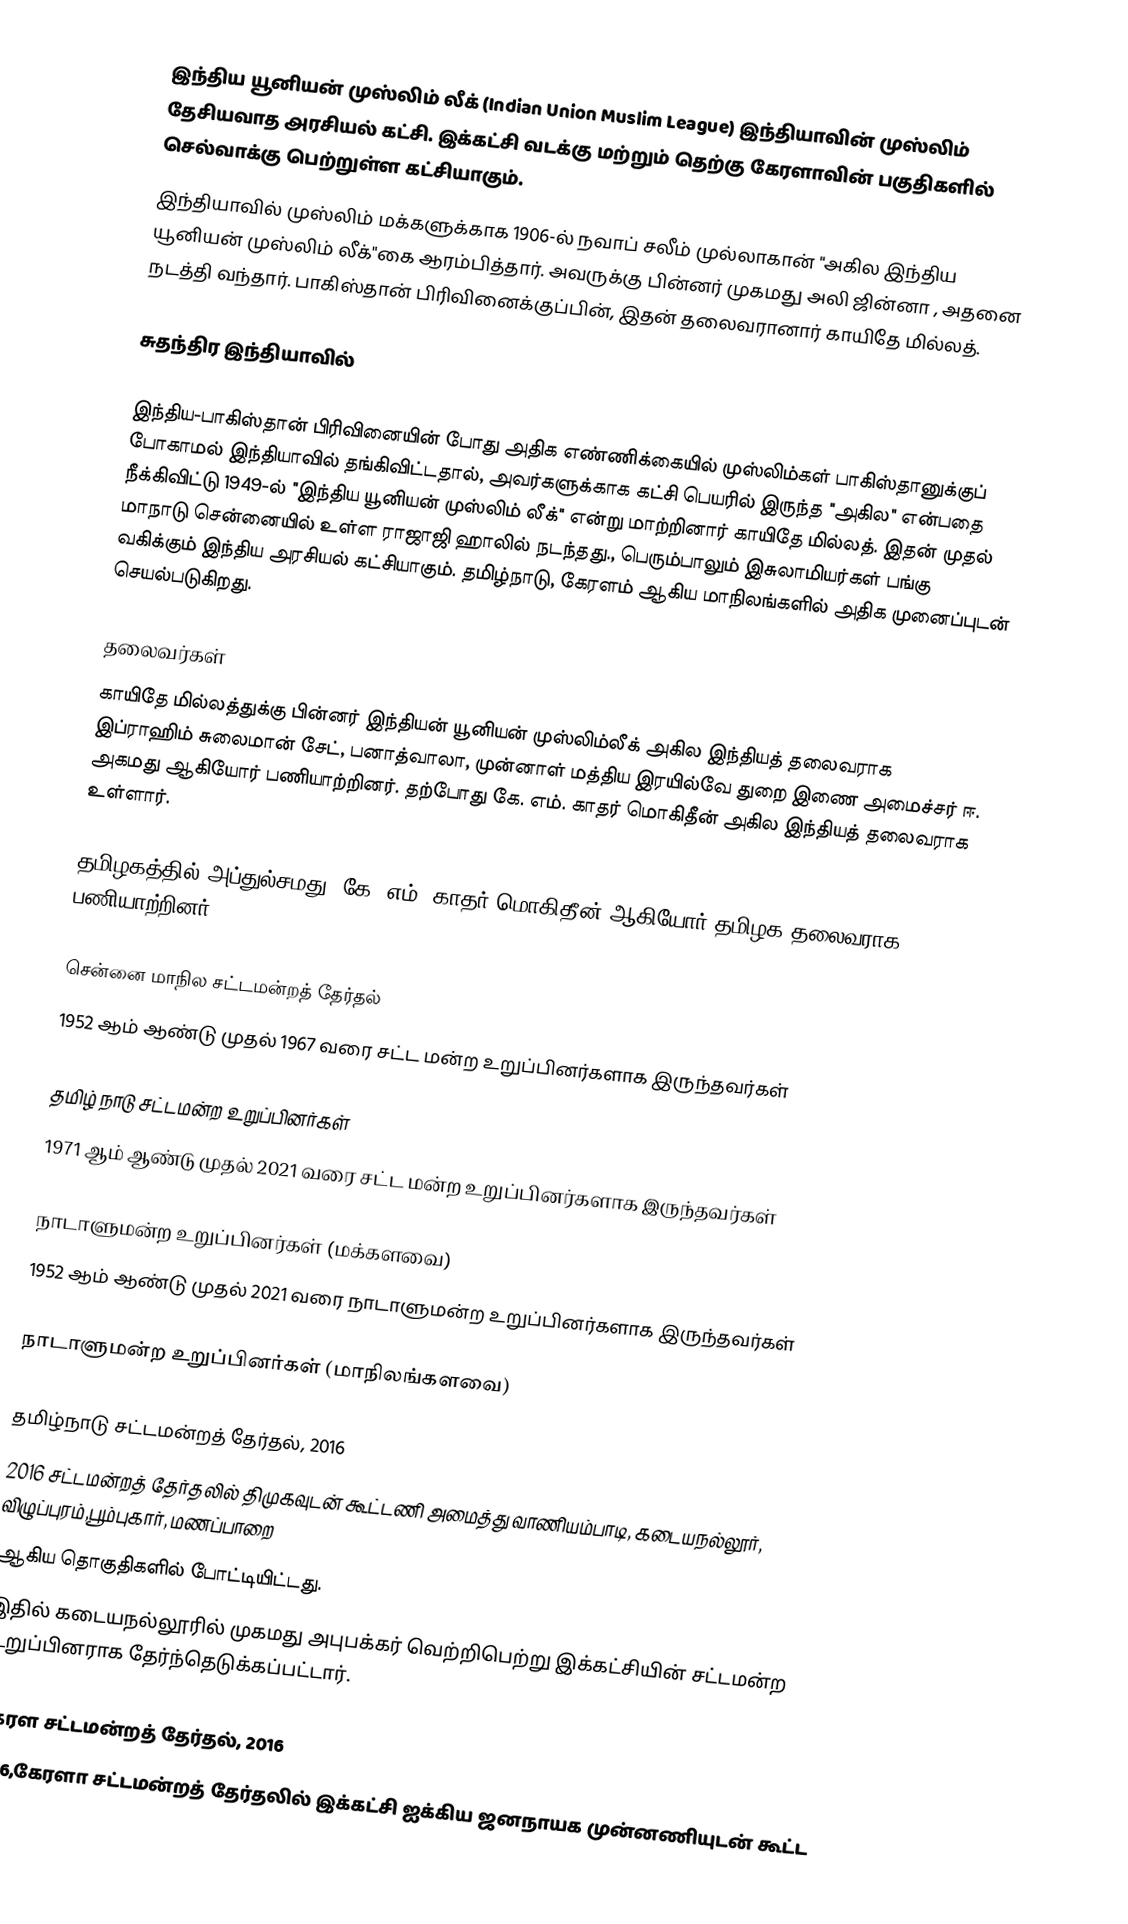
இந்திய யூனியன் முஸ்லிம் லீக் (Indian Union Muslim League) இந்தியாவின் முஸ்லிம் தேசியவாத அரசியல் கட்சி. இக்கட்சி வடக்கு மற்றும் தெற்கு கேரளாவின் பகுதிகளில்  செல்வாக்கு பெற்றுள்ள கட்சியாகும்.
இந்தியாவில் முஸ்லிம் மக்களுக்காக 1906-ல் நவாப் சலீம் முல்லாகான் "அகில இந்திய யூனியன் முஸ்லிம் லீக்"கை ஆரம்பித்தார். அவருக்கு பின்னர் முகமது அலி ஜின்னா , அதனை நடத்தி வந்தார். பாகிஸ்தான் பிரிவினைக்குப்பின், இதன் தலைவரானார் காயிதே மில்லத்.

சுதந்திர இந்தியாவில்

இந்திய-பாகிஸ்தான் பிரிவினையின் போது அதிக எண்ணிக்கையில் முஸ்லிம்கள் பாகிஸ்தானுக்குப் போகாமல் இந்தியாவில் தங்கிவிட்டதால், அவர்களுக்காக கட்சி பெயரில் இருந்த "அகில" என்பதை நீக்கிவிட்டு 1949-ல் "இந்திய யூனியன் முஸ்லிம் லீக்" என்று மாற்றினார் காயிதே மில்லத். இதன் முதல் மாநாடு சென்னையில் உள்ள ராஜாஜி ஹாலில் நடந்தது., பெரும்பாலும் இசுலாமியர்கள் பங்கு வகிக்கும் இந்திய அரசியல் கட்சியாகும். தமிழ்நாடு, கேரளம் ஆகிய மாநிலங்களில் அதிக முனைப்புடன் செயல்படுகிறது.

தலைவர்கள்
காயிதே மில்லத்துக்கு பின்னர் இந்தியன் யூனியன் முஸ்லிம்லீக் அகில இந்தியத் தலைவராக இப்ராஹிம் சுலைமான் சேட், பனாத்வாலா, முன்னாள் மத்திய இரயில்வே துறை இணை அமைச்சர் ஈ. அகமது ஆகியோர் பணியாற்றினர். தற்போது கே. எம். காதர் மொகிதீன்  அகில இந்தியத் தலைவராக உள்ளார்.

தமிழகத்தில் அப்துல்சமது, கே. எம். காதர் மொகிதீன் ஆகியோர் தமிழக தலைவராக  பணியாற்றினர்.

சென்னை மாநில சட்டமன்றத் தேர்தல்
1952 ஆம் ஆண்டு முதல் 1967 வரை சட்ட மன்ற உறுப்பினர்களாக இருந்தவர்கள்

தமிழ் நாடு சட்டமன்ற உறுப்பினர்கள்
1971 ஆம் ஆண்டு முதல் 2021 வரை சட்ட மன்ற உறுப்பினர்களாக இருந்தவர்கள்

நாடாளுமன்ற உறுப்பினர்கள் (மக்களவை)
1952 ஆம் ஆண்டு முதல் 2021 வரை நாடாளுமன்ற உறுப்பினர்களாக இருந்தவர்கள்

நாடாளுமன்ற உறுப்பினர்கள் (மாநிலங்களவை)

தமிழ்நாடு சட்டமன்றத் தேர்தல், 2016
2016 சட்டமன்றத் தேர்தலில் திமுகவுடன் கூட்டணி அமைத்து வாணியம்பாடி, கடையநல்லூர், விழுப்புரம்,பூம்புகார், மணப்பாறை
ஆகிய தொகுதிகளில் போட்டியிட்டது.
இதில் கடையநல்லூரில் முகமது அபுபக்கர் வெற்றிபெற்று இக்கட்சியின் சட்டமன்ற உறுப்பினராக தேர்ந்தெடுக்கப்பட்டார்.

கேரள சட்டமன்றத் தேர்தல், 2016
2016,கேரளா சட்டமன்றத் தேர்தலில் இக்கட்சி ஐக்கிய ஜனநாயக முன்னணியுடன் கூட்ட